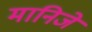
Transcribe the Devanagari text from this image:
मानिजे